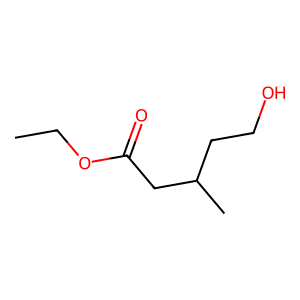
SMILES: CCOC(=O)CC(C)CCO
Inhibits HIV replication: No